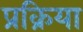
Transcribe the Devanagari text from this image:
प्रक्रिया